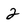
Character: 2